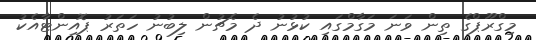
މިގްރޫޕްގެ ތިން ވަނަ މަގާމްގައި ކުޅުނު ދެ މެޗުން ލިބުނު ހަތަރު ޕޮއިންޓާއެކު